Report of the Hyderabad Chloroform Commission
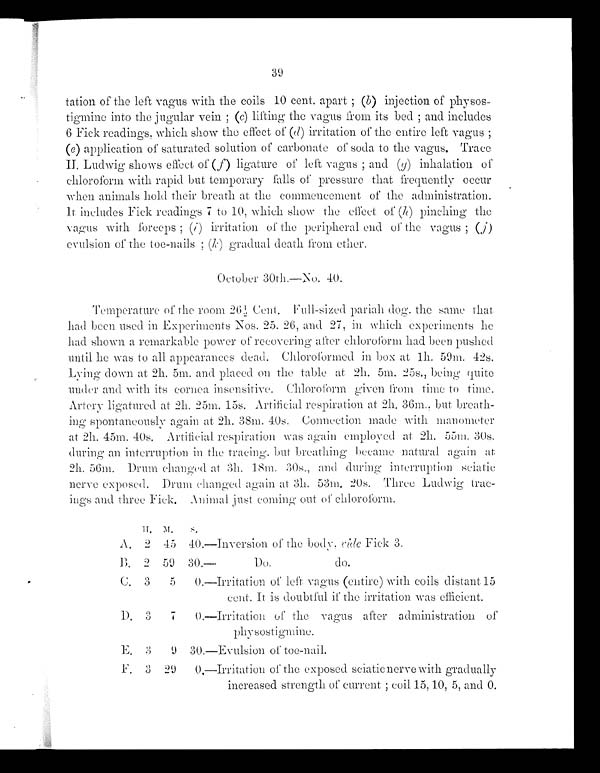
39
tation of the left vagus with the coils 10 cent. apart ; ( b ) injection of physos-
tigmine into the jugular vein ; ( c) lifting the vagus from its bed ; and includes
6 Fick readings, which show the effect of (d) irritation of the entire left vagus ;
(e) application of saturated solution of carbonate of soda to the vagus. Trace
II. Ludwig shows effect of ( f) ligature of left vagus ; and (g) inhalation of
chloroform with rapid but temporary falls of pressure that frequentl y occur
when animals hold their breath at the commencement of the administration.
I t includes Fick readings 7 to 10, which show the effect of (h) pinching the
vagus with forceps ; (i ) irritation of the peripheral end of the vagus ;
( j ) evulsion of the toe-nails ; (k ) g r a d u a l d e a t h f r o m e t h e r .
October 30th.—No. 40.
Temperature of the room 26½, Cent. Full-sized pariah dog, the same that
had been used in Experiments Nos. 25. 26, and 27, in which experiments he
had shown a remarkable power of recovering after chloroform had been pushed
until he was to all appearances dead. Chloroformed in box at 1h . 59m. 42s.
Lying down at 2h. 5m. and placed on the table at 2h. 5m. 25s., being quite
under and with its cornea insensitive. Chloroform given from time to time.
Artery ligatured at 2h. 25m. 15s. Artificial respiration at 2h. 36m., but breath-
ing spontaneously again at 2h. 38m. 40s, Connection made with manometer
at 2h. 45m. 40s, Artificial respiration was again employed at 2h. 55m. 30s.
during an interruption in the tracing, but breathing became natural again a t
2h. 56m. Drum changed at 3h. 18m. 30s., and during interruption sciatie
nerve exposed. Drum changed again at 3h. 53m. 20s. Three Ludwig trac-
ings and three Fick. Animal just coming out of chloroform.
II. M.
s.
A. 2 45 40.—Inversion of the body, ride Fick 3.
B.
2 59
30.—
Do.
do.
C. 3
5
0.-Irritation of left vagus (entire) with coils distant 15
cent. It is doubtful if the irritation was efficient.
D. 3
7
0.—Irritation of the vagus after administration of
physostigmine.
F. 3
9 30.—Evulsion of toe-nail.
F. 3 29
0.—Irritation of the exposed sciatienerve with gradually
increased strength of current ; coil 15, 10, 5, and 0.